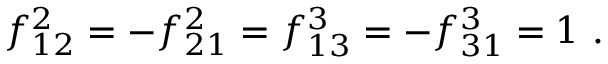
f _ { 1 2 } ^ { 2 } = - f _ { 2 1 } ^ { 2 } = f _ { 1 3 } ^ { 3 } = - f _ { 3 1 } ^ { 3 } = 1 \, \, .